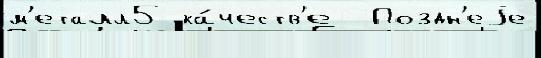
м'еталл5 ка́честв'е  Поздн'еjе